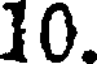
10.